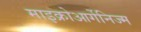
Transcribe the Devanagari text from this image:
माइक्रोआर्गेनिज्म